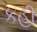
કહી